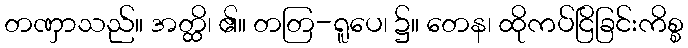
တဏှာသည်။ အတ္ထိ၊ ၏။ တတြ-ရူပေ၊ ၌။ တေန၊ ထိုကပ်ငြိခြင်းကိစ္စ